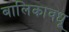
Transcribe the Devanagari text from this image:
बालिकावधू